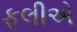
ફૂલીએ